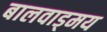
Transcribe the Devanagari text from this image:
बालवाड्मय